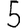
Digit: 5